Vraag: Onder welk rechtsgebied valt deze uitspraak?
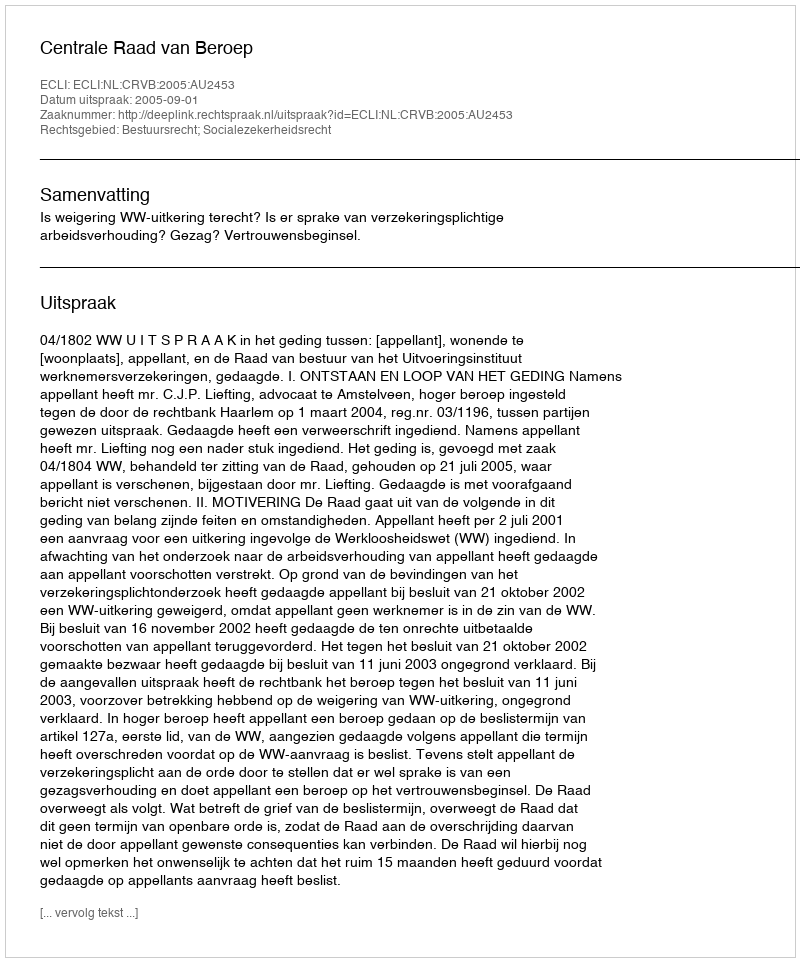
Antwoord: Bestuursrecht; Socialezekerheidsrecht